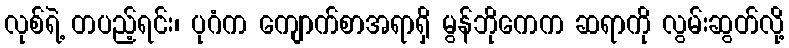
လုစ်ရဲ့ တပည့်ရင်း၊ ပုဂံက ကျောက်စာအရာရှိ မွန်ဘိုကေက ဆရာကို လွမ်းဆွတ်လို့